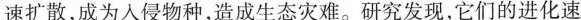
速扩散，成为入侵物种，造成生态灾难。研究发现，它们的进化速